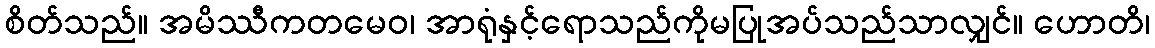
စိတ်သည်။ အမိဿီကတမေဝ၊ အာရုံနှင့်ရောသည်ကိုမပြုအပ်သည်သာလျှင်။ ဟောတိ၊